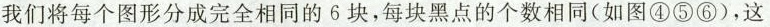
我们将每个图形分成完全相同的6块，每块黑点的个数相同(如图④⑤⑥)，这